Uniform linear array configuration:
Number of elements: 16
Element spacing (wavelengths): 1
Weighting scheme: uniform
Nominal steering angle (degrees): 60
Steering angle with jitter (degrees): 61.798
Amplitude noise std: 0.05
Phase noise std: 0.05

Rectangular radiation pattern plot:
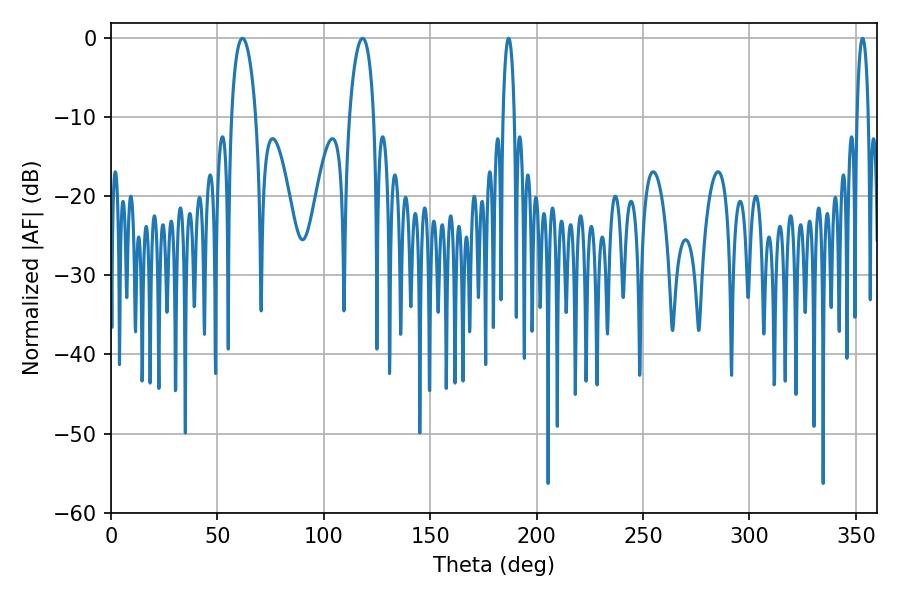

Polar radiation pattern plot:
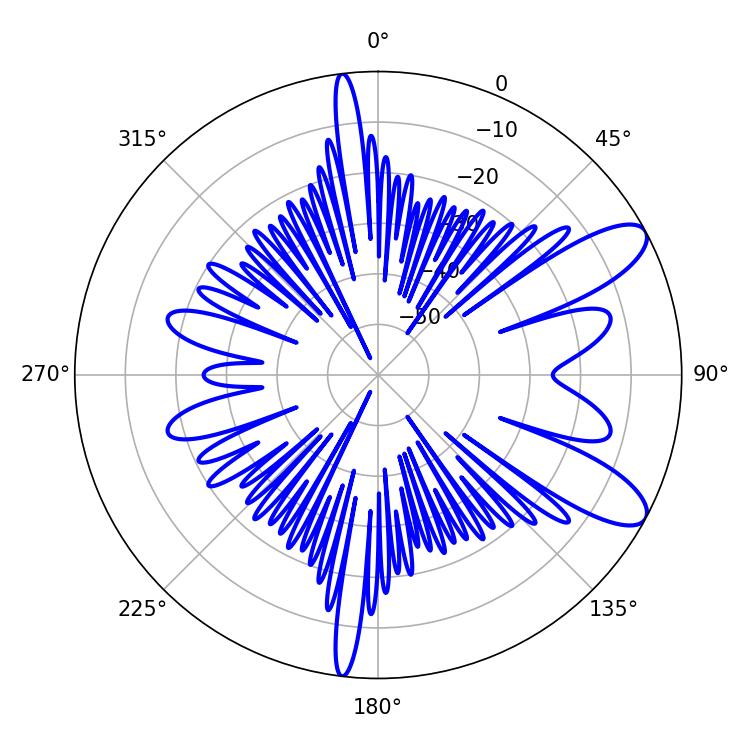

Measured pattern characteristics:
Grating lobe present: TRUE
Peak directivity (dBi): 9.775
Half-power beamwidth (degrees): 2.88
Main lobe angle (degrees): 186.84